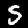
Digit: 5